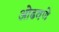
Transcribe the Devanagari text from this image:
ओढवणे